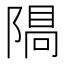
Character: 𨻠